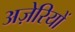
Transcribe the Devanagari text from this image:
अज़ेरियों